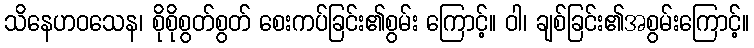
သိနေဟဝသေန၊ စိုစိုစွတ်စွတ် စေးကပ်ခြင်း၏စွမ်း ကြောင့်။ ဝါ၊ ချစ်ခြင်း၏အစွမ်းကြောင့်။